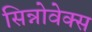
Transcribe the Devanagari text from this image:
सिन्नोवेक्स